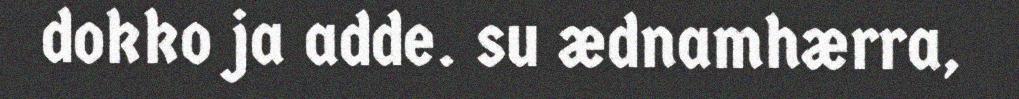
dokko ja adde. su ædnamhærra,